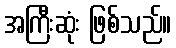
အကြီးဆုံး ဖြစ်သည်။